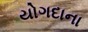
યોગદાના